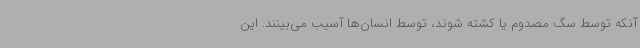
آنکه توسط سگ مصدوم یا کشته شوند، توسط انسان‌ها آسیب می‌بینند. این